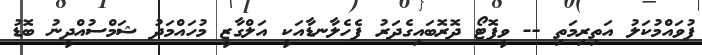
ފުވައްމުކަލު އަތިރިމަތި -- ވީފޮޓޯ ދޮރޮބައިގެދަރު ފެހެލާނޑާއަކީ އަލްގާޒީ މުހައްމަދު ޝަމްސުއްދީނު ބޮޑު